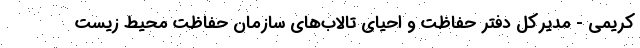
کریمی - مدیرکل دفتر حفاظت و احیای تالاب‌های سازمان حفاظت محیط زیست